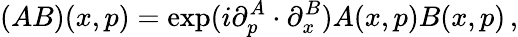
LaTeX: (AB)(x,p)=\exp(i\partial_{p}^{A}\cdot\partial_{x}^{B})A(x,p)B(x,p)\, ,